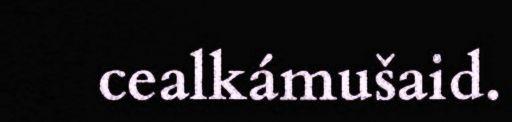
cealkámušaid.